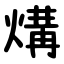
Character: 煹